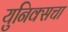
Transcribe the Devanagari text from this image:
युनिक्सचा